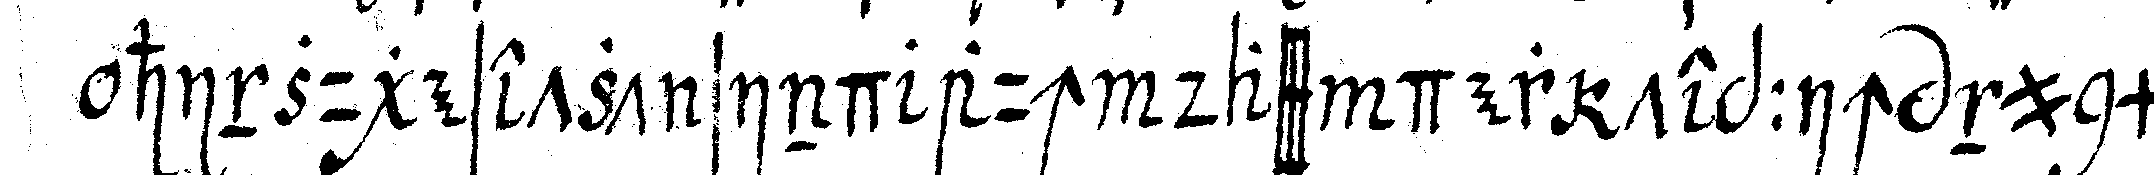
hinzugesetzt sind auch dass der teppich nunmeh